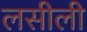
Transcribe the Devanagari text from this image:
लसीली